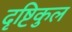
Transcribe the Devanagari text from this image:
दृष्टिकुल